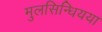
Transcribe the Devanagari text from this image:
मुलसिन्धियया